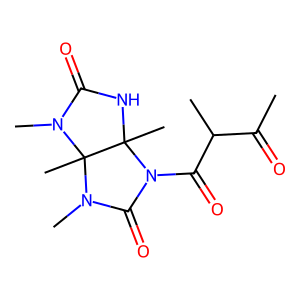
SMILES: CC(=O)C(C)C(=O)N1C(=O)N(C)C2(C)N(C)C(=O)NC12C
Inhibits HIV replication: No